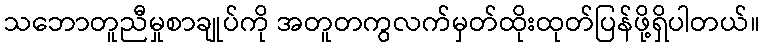
သဘောတူညီမှုစာချုပ်ကို အတူတကွလက်မှတ်ထိုးထုတ်ပြန်ဖို့ရှိပါတယ်။